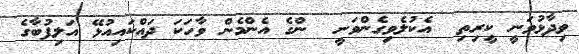
ވިދާޅުވަނީ ކީރިތި  އެކުލެވިގެންވަނީ  ންގެ އެންމެން ވާހަކަ ދައްކައިއުޅޭ އަލިފުބާގެ